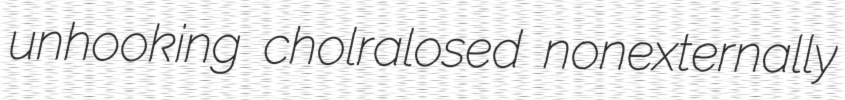
unhooking cholralosed nonexternally